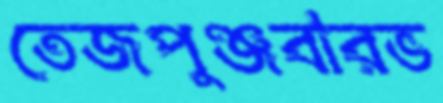
তেজপুঞ্জবারভ